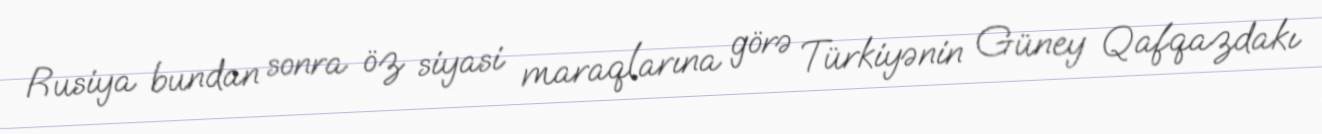
Rusiya bundan sonra öz siyasi maraqlarına görə Türkiyənin Güney Qafqazdakı